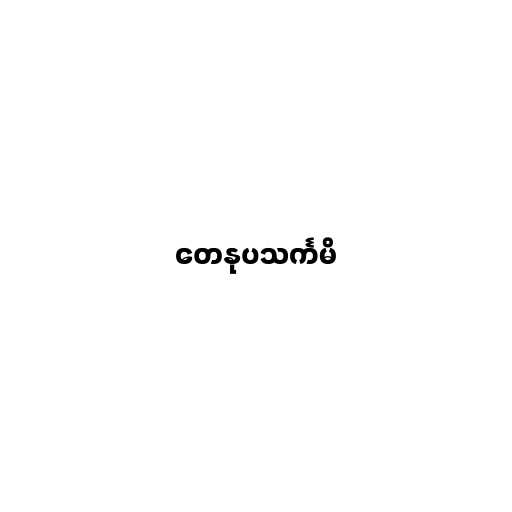
တေနုပသင်္ကမိ